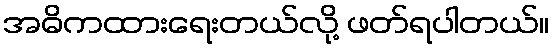
အဓိကထားရေးတယ်လို့ ဖတ်ရပါတယ်။